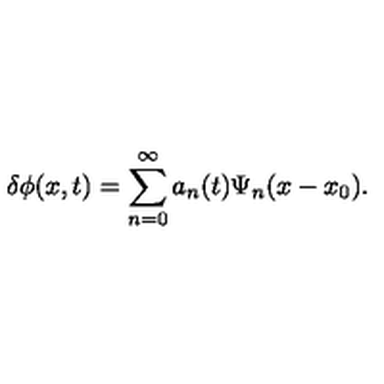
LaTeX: \delta \phi ( x , t ) = \sum _ { n = 0 } ^ { \infty } a _ { n } ( t ) \Psi _ { n } ( x - x _ { 0 } ) .